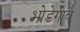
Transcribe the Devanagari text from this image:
भोडेगाव